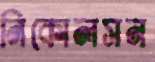
নিকোলসন